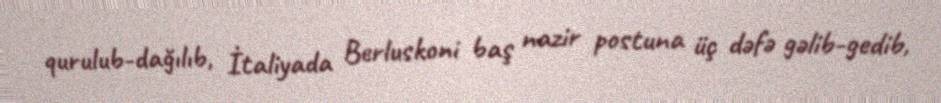
qurulub-dağılıb, İtaliyada Berluskoni baş nazir postuna üç dəfə gəlib-gedib,